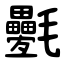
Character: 氎